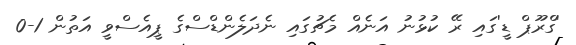
'ގްރޫޕް ޑީ'ގައި ރޭ ކުޅުނު އަނެއް މެޗުގައި ނެދަލެންޑްސްގެ ޕީއެސްވީ އަތުން 1-0